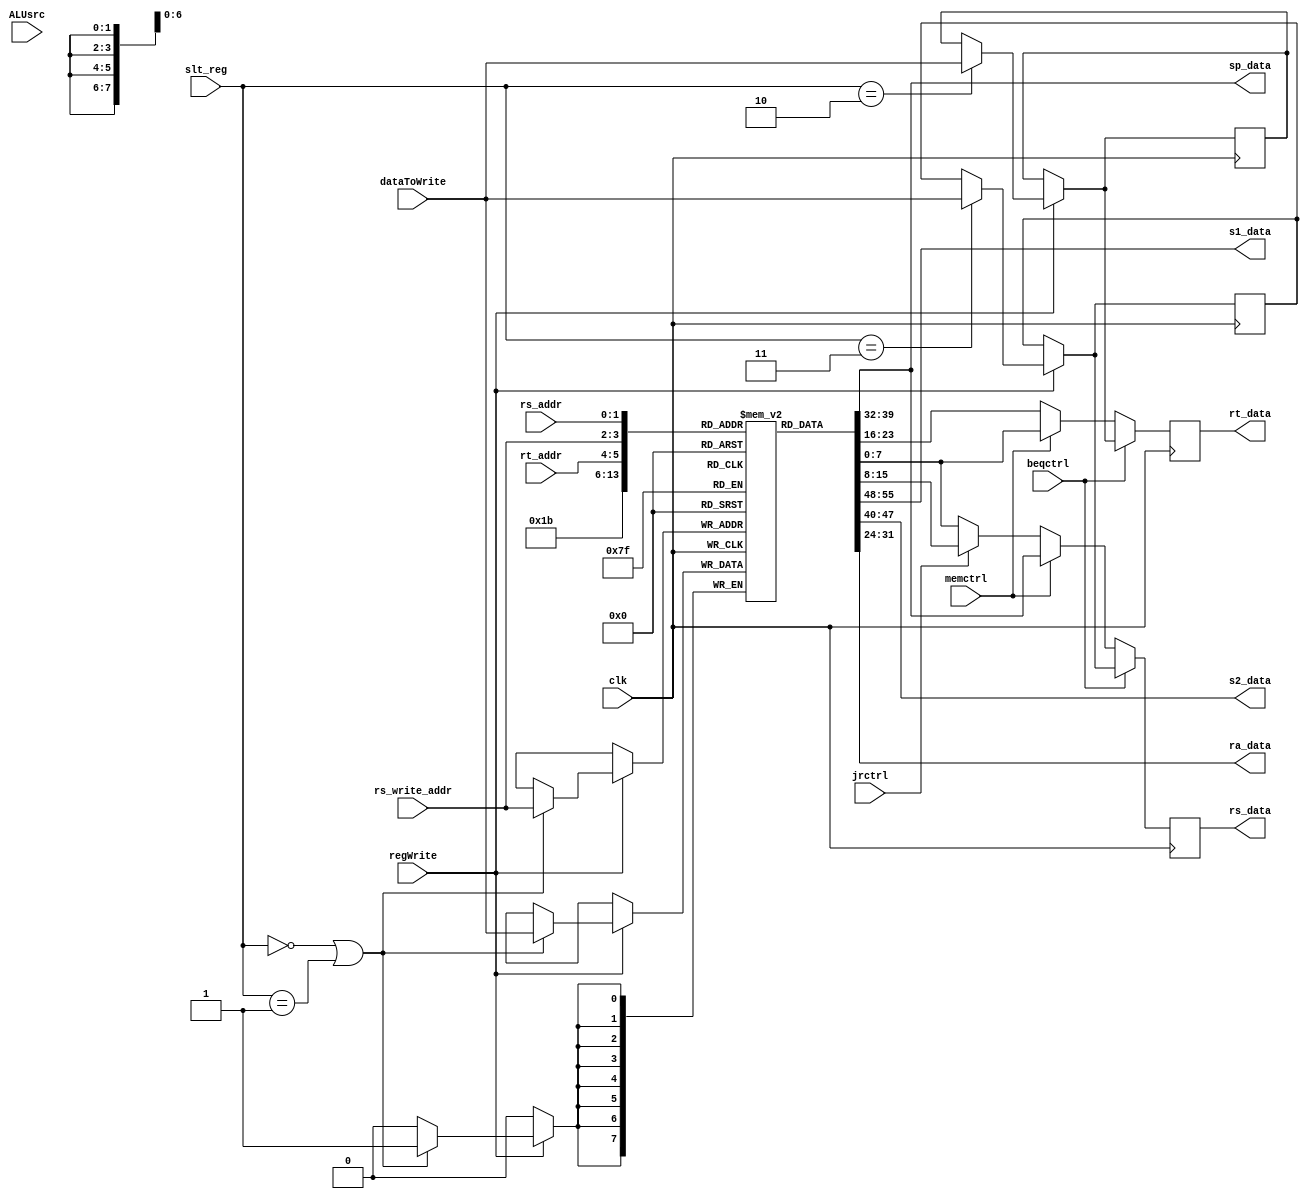
//////////////////////////////////////////////////////////////////////////////////
// Course: Cooper Union ECE151A Spring 2016
// Professor: Professor Marano
// Module Name: 
// Description: 
//////////////////////////////////////////////////////////////////////////////////

`timescale 1ns / 1ns

module register_file (rt_data, rs_data, s1_data, s2_data, sp_data, ra_data, regWrite, beqctrl, jrctrl, memctrl, ALUsrc, rt_addr, rs_addr, dataToWrite, slt_reg, rs_write_addr, clk);

input wire regWrite;
input wire beqctrl;
input wire jrctrl;
input wire ALUsrc;		//I type control for immediate
input wire [1:0] rt_addr;
input wire [1:0] rs_addr;
input wire [7:0] dataToWrite;
input wire [1:0] slt_reg;	
input wire [1:0] rs_write_addr;
input wire memctrl;

output reg [7:0] rt_data;
output reg [7:0] rs_data;

output reg [7:0] s1_data;
output reg [7:0] s2_data;
output reg [7:0] sp_data;
output reg [7:0] ra_data;

reg [7:0] data_reg [3:0]; 	 
reg [1:0] address_reg [3:0];	//3:$ra, 2:$sp, 1: $s1, 0: $s0
reg [7:0] t0;
reg [7:0] t1;

input wire clk;

//------------------Instructions-----------------------
initial 
	begin
		
		address_reg[3] = 2'b11;		//addr of ra
		address_reg[2] = 2'b10;		//addr of sp
		address_reg[1] = 2'b01;		//addr of s1
		address_reg[0] = 2'b00;		//addr of s0
		data_reg[3] = 8'b00000000;	//data of ra 
		data_reg[2] = 8'b11111111;	//data of sp
		data_reg[1] = 8'b00000000;	//data of s1
		data_reg[0] = 8'b00000000;	//data of s0
		t0 = 8'b00000000;
		t1 = 8'b00000000;
		
		rt_data = 8'b00000000;
		rs_data = 8'b00000000;
		s1_data = 0;
		s2_data = 0;
		sp_data = 0;
		ra_data = 0;
	end

//when there is an input address, data reg at that input address = its dataReadReg
always @(posedge clk)
	begin
	if (beqctrl == 0) 
		begin
			rt_data = data_reg[rt_addr];
			//rs_data = data_reg[rs_addr];
			if (jrctrl == 1) begin					//jrctrl = 1 for JR type
				rs_data = data_reg[rs_write_addr];	//when jrctrl, rs_write_addr = 11 (addr of $ra)
			end else begin
				rs_data = data_reg[rs_addr];
			end
		end 
		if (memctrl == 1) begin

			rt_data = data_reg[rs_addr];
			//$display("rt_data in regfile: %b", rt_data);
			rs_data = data_reg[2];		
		
		end
		if (regWrite == 1) 
			#1
			begin
				if (slt_reg == 2'b10) begin
					t0 = dataToWrite;
					//$display("t0: %b t1: %b", t0, t1);
				end if (slt_reg == 2'b11) begin
					t1 = dataToWrite;
				end if(slt_reg == 2'b00 || slt_reg == 2'b01) begin
					data_reg[rs_write_addr] = dataToWrite;
					//$display("Hello!");
				end

			end
		if (beqctrl == 1) begin
			//$display("Hello!");
			rt_data = t0;
			rs_data = t1;
		end
	end
always @*
begin
	s1_data = data_reg[0];
	s2_data = data_reg[1];
	sp_data = data_reg[2];
	ra_data = data_reg[3];

end
endmodule